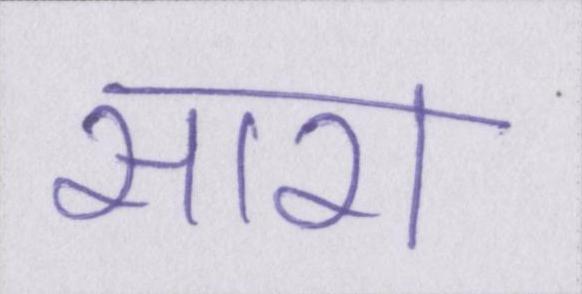
सारा